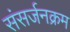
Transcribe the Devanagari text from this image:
संसर्जनक्रम